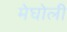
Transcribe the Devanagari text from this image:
मेघोली